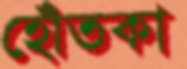
হোঁতকা